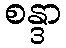
စန္ဒာ